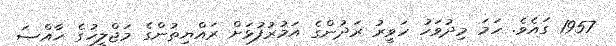
1957 ގައެވެ. ހަމަ މިދުވަހު ހަވީރު ރަދުންގެ އަމުރުފުޅަށް ރައްޔިތުންގެ މަޖްލީހުގެ ޚާއްޞަ